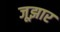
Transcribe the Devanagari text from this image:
जूझार